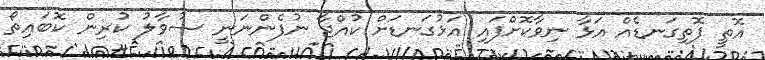
އޮތީ ފޮތިގަނޑެއް އަޅާ ނިވާކޮށްފައި އަޅުގަނޑަށް ކުއްޖާ ނުފެންނަނީ ސުވާލު ކުރިން ކޮބައިތޯ